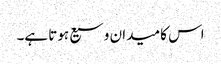
اس کا میدان وسیع ہوتا ہے۔